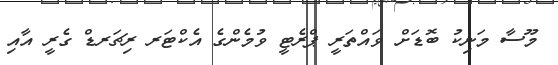
މޫސާ މަނިކު ބޮޑަށް ވައްތަރީ ޕްރެޓީ ވުމެންގެ އެކްޓަރ ރިޗަރޑް ގެރީ އާއި